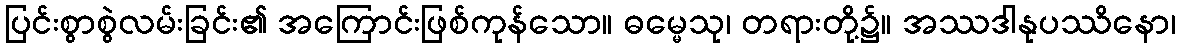
ပြင်းစွာစွဲလမ်းခြင်း၏ အကြောင်းဖြစ်ကုန်သော။ ဓမ္မေသု၊ တရားတို့၌။ အဿဒါနုပဿိနော၊